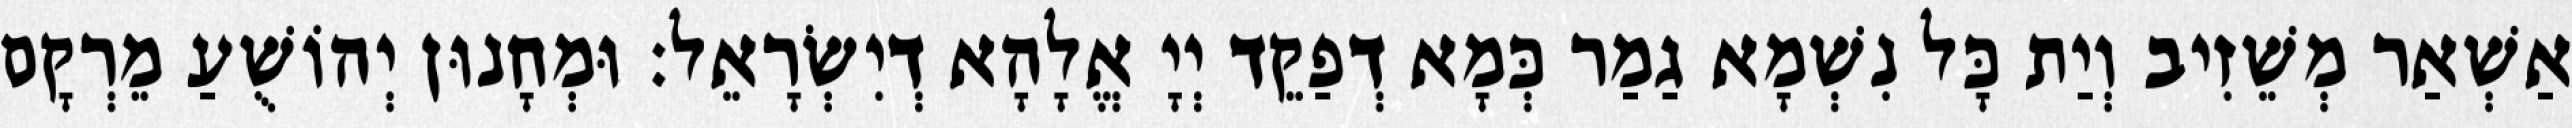
אַשְׁאַר מְשֵׁזִיב וְיַת כָּל נִשְׁמָא גַמַר כְּמָא דְפַקֵד יְיָ אֱלָהָא דְיִשְׂרָאֵל׃ וּמְחָנוּן יְהוֹשֻׁעַ מֵרְקָם